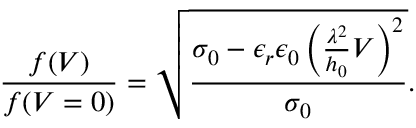
\frac { f ( V ) } { f ( V = 0 ) } = \sqrt { \frac { { \sigma _ { 0 } - \epsilon _ { r } \epsilon _ { 0 } \left( \frac { \lambda ^ { 2 } } { h _ { 0 } } V \right) ^ { 2 } } } { \sigma _ { 0 } } } .